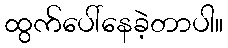
ထွက်ပေါ်နေခဲ့တာပါ။